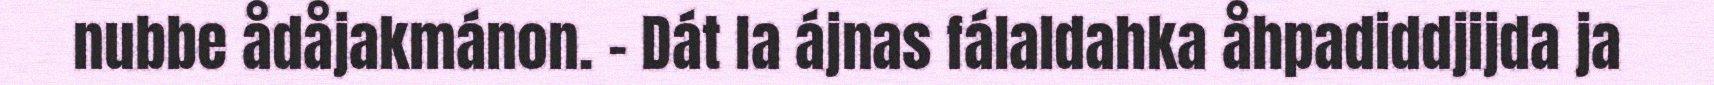
nubbe ådåjakmánon. - Dát la ájnas fálaldahka åhpadiddjijda ja